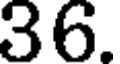
36.